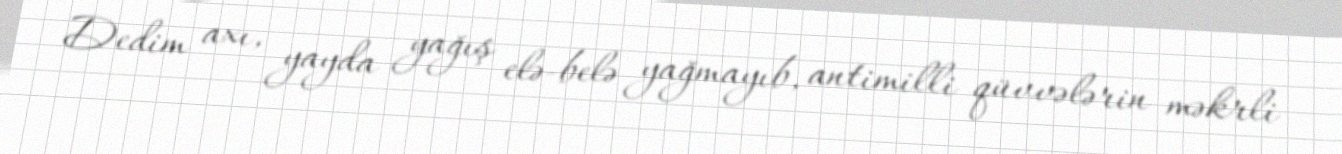
Dedim axı, yayda yağış elə-belə yağmayıb, antimilli qüvvələrin məkrli